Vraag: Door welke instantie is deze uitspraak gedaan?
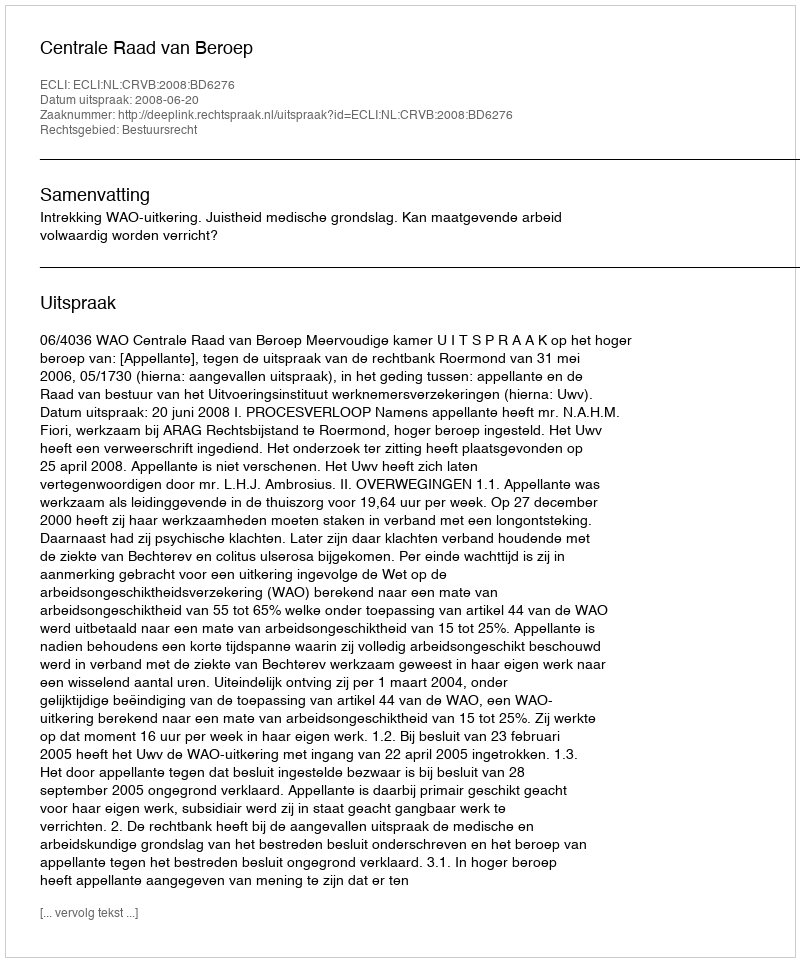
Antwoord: Centrale Raad van Beroep